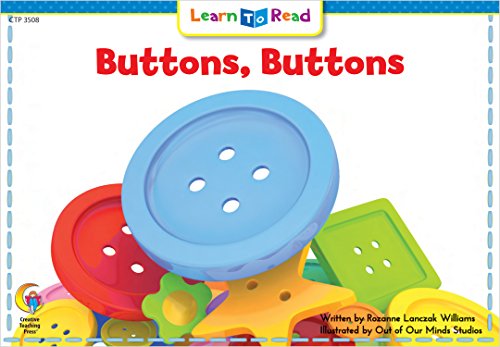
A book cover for Buttons Buttons (Learn to Read, Read to Learn: Science); Rozanne Lanczak Williams; Crafts, Hobbies & Home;